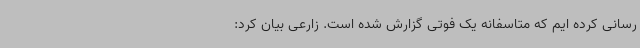
رسانی کرده ایم که متاسفانه یک فوتی گزارش شده است. زارعی بیان کرد: